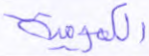
الكمومية